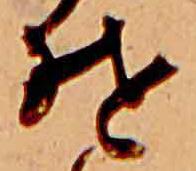
そ